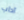
آداب